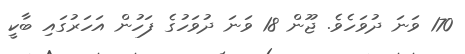
170 ވަނަ ދުވަހެވެ. ޖޫން 18 ވަނަ ދުވަހުގެ ފަހުން އަހަރުގައި ބާކީ